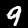
Digit: 9